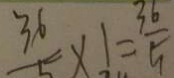
\frac { 3 6 } { 5 } \times 1 = \frac { 3 6 } { 5 }